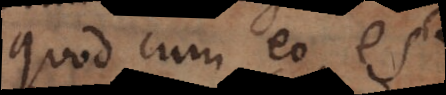
quod cum eo est